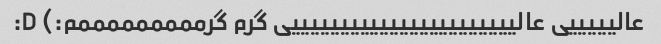
عالیییییی عالیییییییییییییییییییییییی گرم گرمممممممممم:) D: